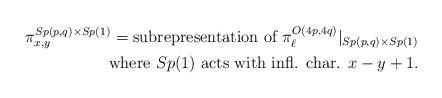
LaTeX: \begin{align*} \pi^{Sp(p,q)\times Sp(1)}_{x,y} = \text{subrepresentation of $\pi^{O(4p,4q)}_\ell|_{Sp(p,q)\times Sp(1)}$}\\ \; \text{where $Sp(1)$ acts with infl. char. $x-y+1$.}\end{align*}